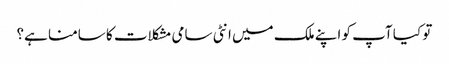
تو کیا آپ کو اپنے ملک میں انٹی سامی مشکلات کا سامنا ہے؟